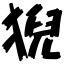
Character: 猊